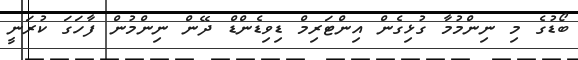
ބޯޑުގެ މި ނިންމުމާ ގުޅިގެން އިންޓަރިމް ޑިވިޑެންޑް ދޭން ނިންމުން ފާހަގަ ކުރަނީ